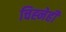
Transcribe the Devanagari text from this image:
चिह्नेही